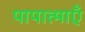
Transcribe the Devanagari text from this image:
पापात्माएँ